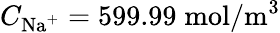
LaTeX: C_{\mathrm{Na}^{+}}=599.99\; \mathrm{mol}/\mathrm{m}^{3}